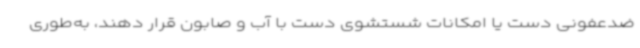
ضدعفونی دست یا امکانات شستشوی دست با آب و صابون قرار دهند، به‌طوری